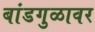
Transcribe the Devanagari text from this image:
बांडगुळावर